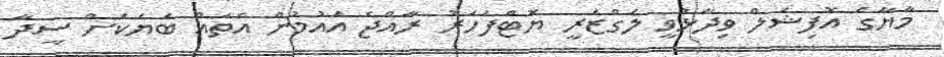
މާޔާގެ އޮފިޝަލް ވިދާޅުވީ ލަގްޒަރީ ޔޮޓްފަހަރު ރާއްޖެ އައުމުން އެތައް ބަޔަކަށް ސީދާ